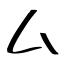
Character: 厶